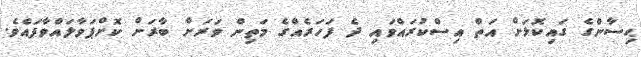
ޙިސާންގެ ގައިކޮޅަށް އަތް އިސްކުރައްވައި ދެ ފަހަރެއްގެ މަތިން ވަރަށް ބާރަށް ކޮށްޕަވާލައްވާފައެވެ.